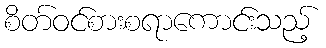
စိတ်ဝင်စားစရာကောင်းသည့်